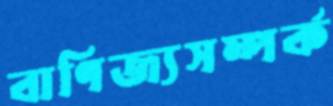
বাণিজ্যসম্পর্ক